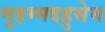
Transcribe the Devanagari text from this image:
मुहम्मदहुसेन